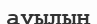
ауылың